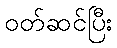
ဝတ်ဆင်ပြီး